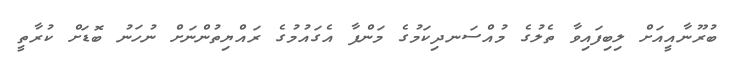
ބުރޫނާއީއަށް ލިބިފައިވާ ތެލުގެ މުއްސަނދިކަމުގެ މަންފާ އެގައުމުގެ ރައްޔިތުންނަށް ނުހަނު ބޮޑަށް ކުރާތީ